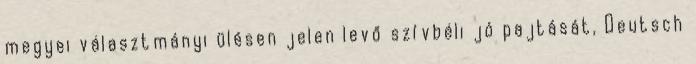
megyei választmányi ülésen jelen levő szívbéli jó pajtását, Deutsch